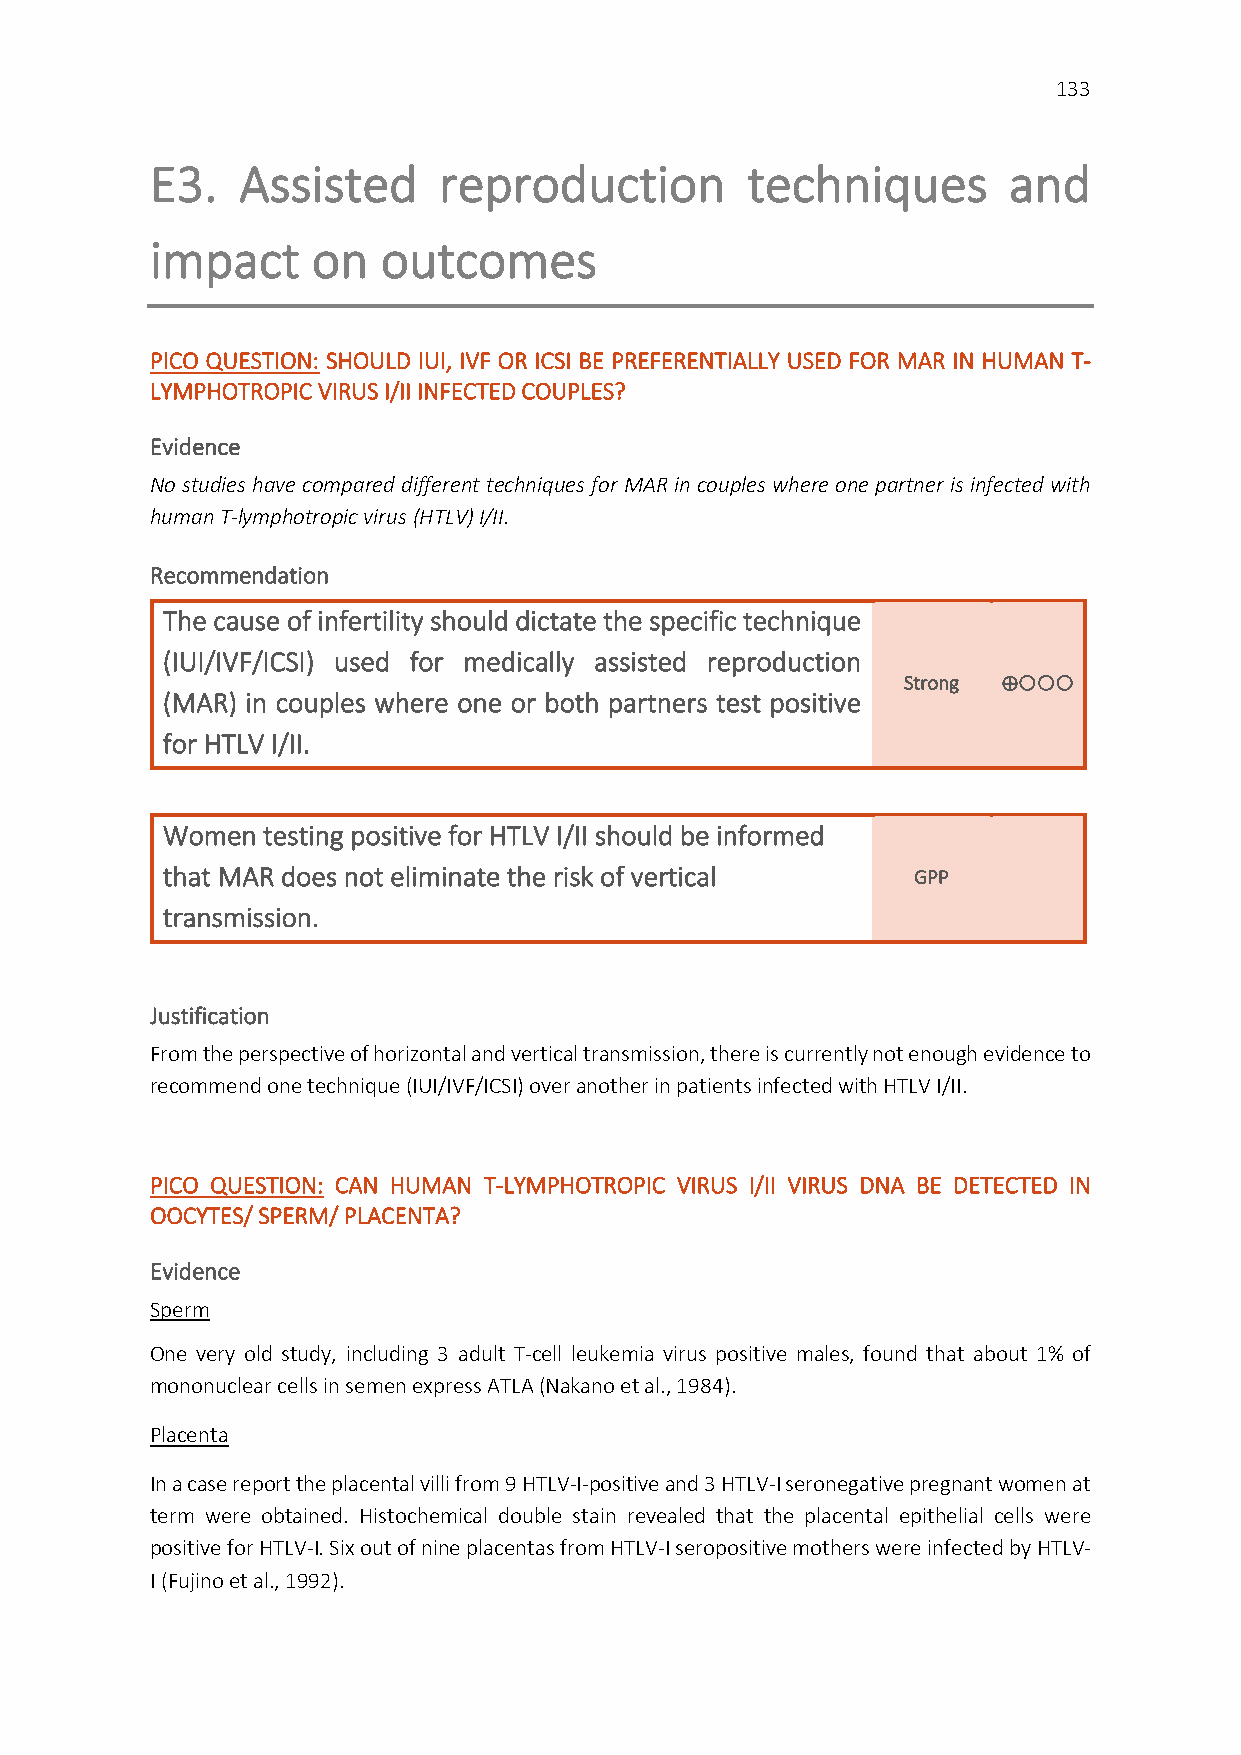
133
 E3.   Assisted     reproduction        techniques        and
 impact     on  outcomes
 PICO QUESTION: SHOULD IUI, IVF OR ICSI BE PREFERENTIALLY USED FOR MAR IN HUMAN T-
 LYMPHOTROPIC VIRUS I/II INFECTED COUPLES?
 Evidence
 No studies have compared different techniques for MAR in couples where one partner is infected with
 human T-lymphotropic virus (HTLV) I/II.
 Recommendation
 The cause of infertility should dictate the specific technique
 (IUI/IVF/ICSI) used for medically assisted reproduction
 Strong ⊕
 (MAR) in couples where one or both partners test positive
 for HTLV I/II.
 Women testing positive for HTLV I/II should be informed
 that MAR does not eliminate the risk of vertical GPP
 transmission.
 Justification
 From the perspective of horizontal and vertical transmission, there is currently not enough evidence to
 recommend one technique (IUI/IVF/ICSI) over another in patients infected with HTLV I/II.
 PICO QUESTION: CAN HUMAN T-LYMPHOTROPIC VIRUS I/II VIRUS DNA BE DETECTED IN
 OOCYTES/ SPERM/ PLACENTA?
 Evidence
 Sperm
 One very old study, including 3 adult T-cell leukemia virus positive males, found that about 1% of
 mononuclear cells in semen express ATLA (Nakano et al., 1984).
 Placenta
 In a case report the placental villi from 9 HTLV-I-positive and 3 HTLV-I seronegative pregnant women at
 term were obtained. Histochemical double stain revealed that the placental epithelial cells were
 positive for HTLV-I. Six out of nine placentas from HTLV-I seropositive mothers were infected by HTLV-
 I (Fujino et al., 1992).